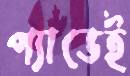
প্যাডেই